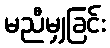
မညီမျှခြင်း